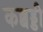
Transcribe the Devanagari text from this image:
कब्बड्डी